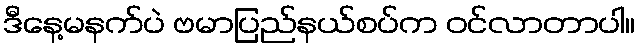
ဒီနေ့မနက်ပဲ ဗမာပြည်နယ်စပ်က ဝင်လာတာပါ။